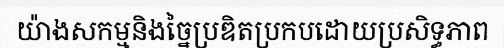
យ៉ាងសកម្មនិងច្នៃប្រឌិតប្រកបដោយប្រសិទ្ធភាព